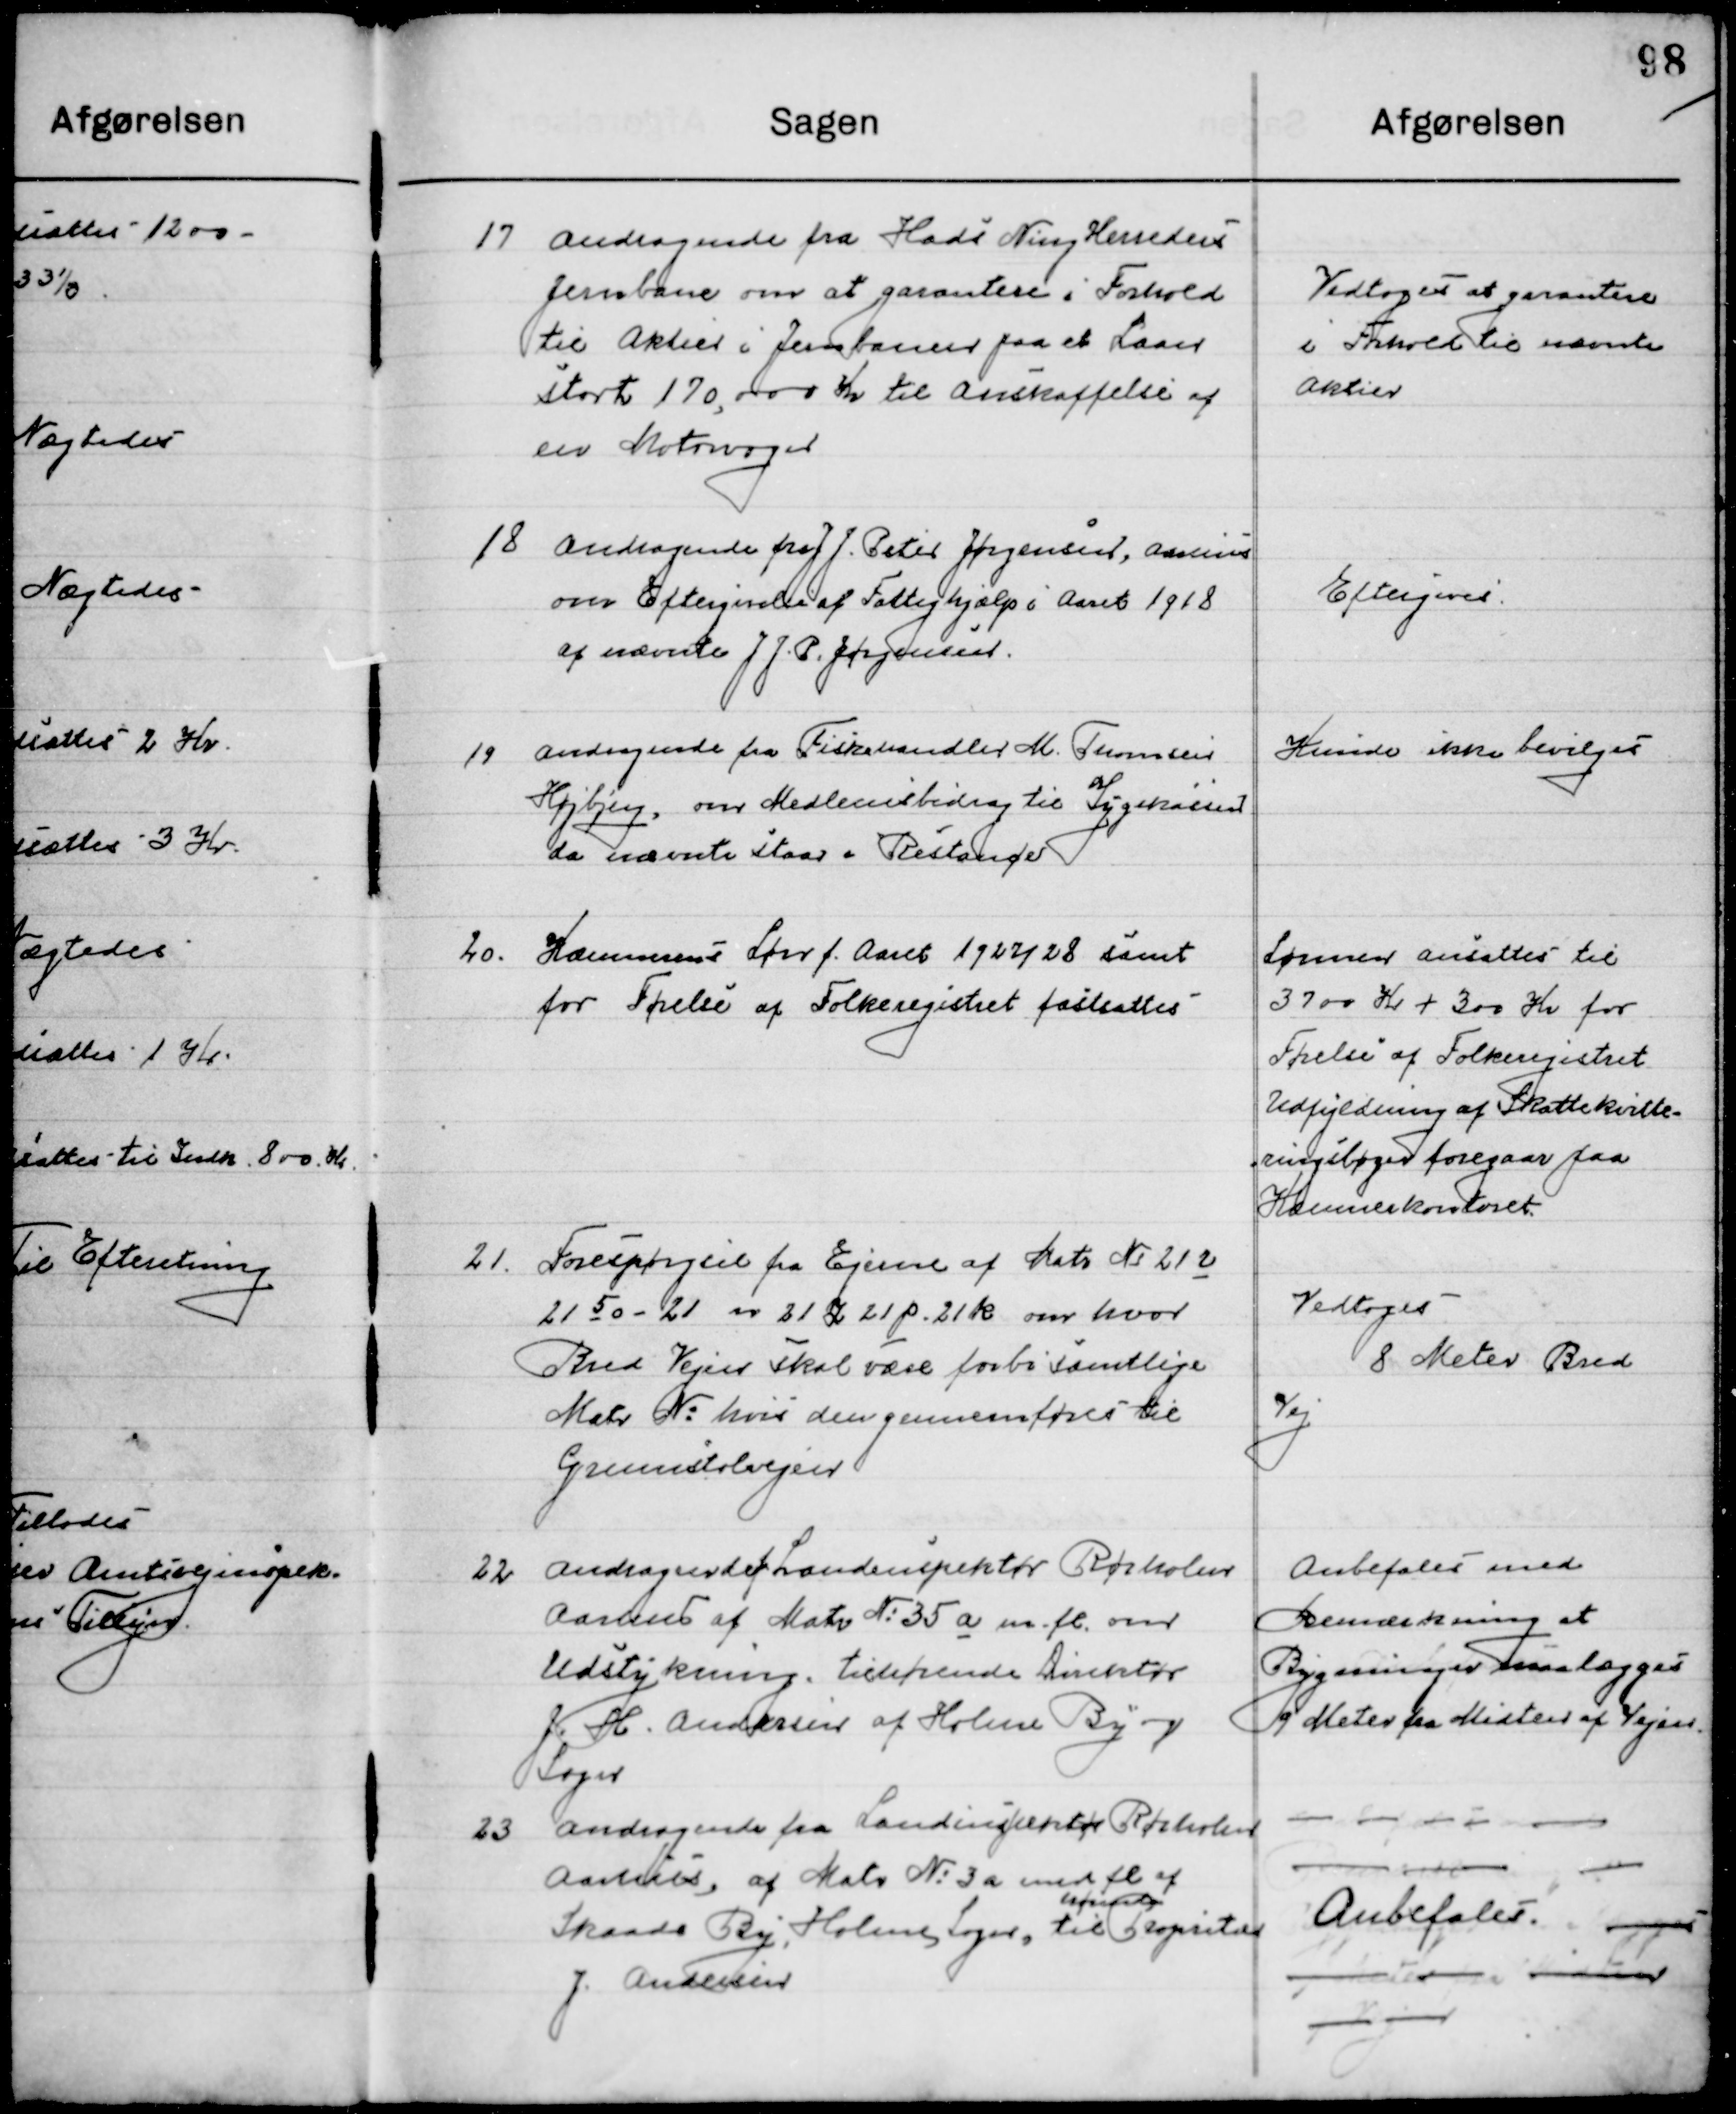
Transskription:
17

Andragende fra Hads Ning Herreders
Jernbane om at garantere i Forhold
til Aktier i Jernbanen paa et Laan
Stort 170,000 Kr. til Anskaffelse af 
en Motorvogn

Vedtoges at garanter
I forhold til nævnte 
Aktier

18

Andragende fra J.J. Peter Jørgensen, Aarhus
om Eftergivelse af Fattighjælp i Aaret 1918
af nævnte J. J. P. Jørgensen

Eftergives

19

Andragende fra Fiskehandler M. Thomsen
Højbjerg, om Medlemsbidrag til Sygekassen
da nævnte staar i Restance.

Kunde ikke bevilges

20.

Kommunens Løn f. Aaret 1927/28 samt
for Førelse af Folkeregisteret fastsattes

Lønnen ansattes til
3700 Kr. + 300 Kr. for
Førelse af folkeregisteret
Udfyldning af Skatte kvitte-
ringsbøger foregaar paa 
Kæmnerkontoret.

21

Forespørgsel fra Ejerne af Matr № 21 u
21 5 o – 21 n 21 z 21 p 21 k om hvor
Bred Vejen skal være forbi samtlige
Matr. № Hvis den gennemføres til
Grumstolvejen

Vedtoges
8 Meter Bred
Vej

22

Andragende fra Landinspektør Rørholm
Aarhus af Matr. № 35 a m. fl. om
Udstykning tilhørende Direktør
J. H. Andersen af Holme By og
Sogn.

Anbefales med
Bemærkning at
Bygninger maa lægges
9 Meter fra Midten af Vejen

23

Andragende fra Landinspektør Rørholm
Aarhus af Matr. № 3 a m. fl. af 
Skaade By, Holme Sogn, til
hørende
Proprietær
J. Andersen

Anbefales